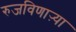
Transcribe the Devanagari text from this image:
रुजविणाऱ्या